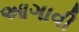
આગાવી